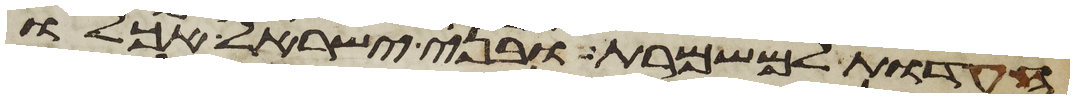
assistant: העדות למשמרת ובני ישראל אכלו